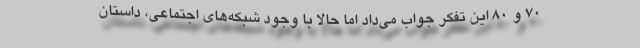
70 و 80 این تفکر جواب می‌داد اما حالا با وجود شبکه‌های اجتماعی، داستان